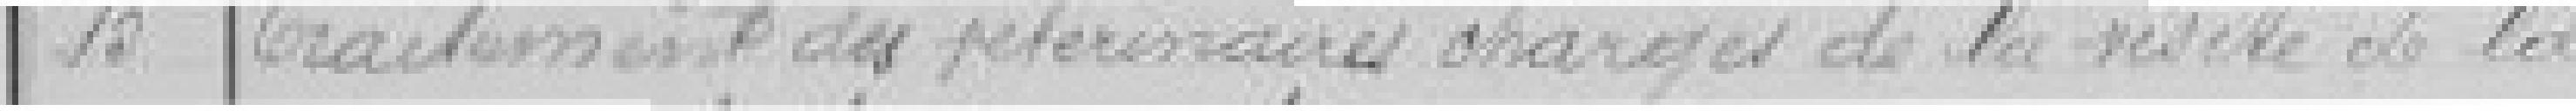
15 Traitement des vétérinaires chargés de la visite de la